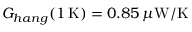
G _ { h a n g } ( 1 \, \mathrm { K } ) = 0 . 8 5 \, \mu \mathrm { W } / \mathrm { K }